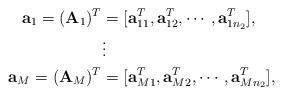
LaTeX: \begin{align*}\mathbf{a}_1= (\mathbf{A}_1)^T&= [\mathbf{a}_{11}^T,\mathbf{a}_{12}^T, \cdots, \mathbf{a}_{1n_2}^T], \\&\vdots \\\mathbf{a}_M= (\mathbf{A}_M)^T&= [\mathbf{a}_{M1}^T,\mathbf{a}_{M2}^T, \cdots, \mathbf{a}_{Mn_2}^T ],\end{align*}